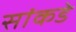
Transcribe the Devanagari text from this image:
सांकडे